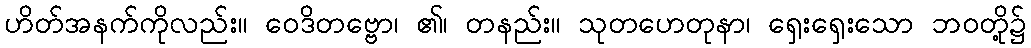
ဟိတ်အနက်ကိုလည်း။ ဝေဒိတဗ္ဗော၊ ၏၊ တနည်း။ သုတဟေတုနာ၊ ရှေးရှေးသော ဘဝတို့၌